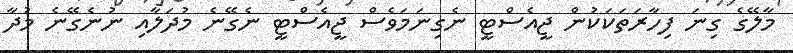
މާލޭގެ ގިނަ ފިހާރަތަކަކުން ޖީއެސްޓީ ނެގިނަމަވެސް ޖީއެސްޓީ ނެގޭނެ މުދަލާއި ނުނެގޭނެ މުދާ